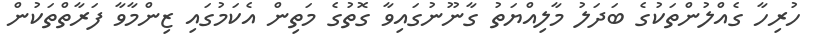
ހުރިހާ ގެއްލުންތަކުގެ ބަދަލު މާލިއްޔަތު ގާނޫނުގައިވާ ގޮތުގެ މަތިން އެކަމުގައި ޒިންމާވާ ފަރާތްތަކުން